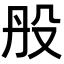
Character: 𣪂